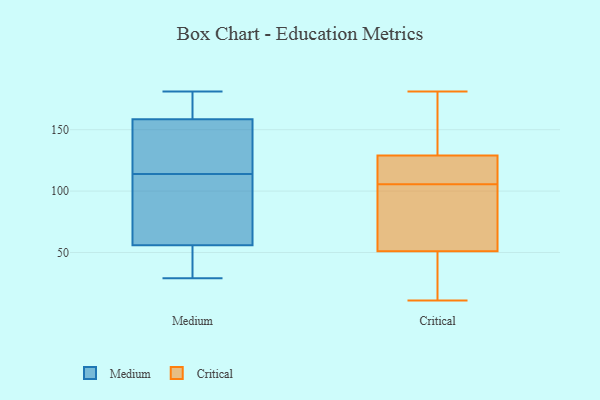
{"axis": {"x": "Revenue (USD Million)", "y": "Value"}, "legend": ["Critical", "Medium"], "data": [{"x": "", "y": 141, "type": "Medium"}, {"x": "", "y": 29, "type": "Medium"}, {"x": "", "y": 181, "type": "Medium"}, {"x": "", "y": 153, "type": "Medium"}, {"x": "", "y": 74, "type": "Medium"}, {"x": "", "y": 177, "type": "Medium"}, {"x": "", "y": 87, "type": "Medium"}, {"x": "", "y": 143, "type": "Medium"}, {"x": "", "y": 164, "type": "Medium"}, {"x": "", "y": 76, "type": "Medium"}, {"x": "", "y": 35, "type": "Medium"}, {"x": "", "y": 38, "type": "Medium"}, {"x": "", "y": 129, "type": "Critical"}, {"x": "", "y": 34, "type": "Critical"}, {"x": "", "y": 124, "type": "Critical"}, {"x": "", "y": 112, "type": "Critical"}, {"x": "", "y": 63, "type": "Critical"}, {"x": "", "y": 51, "type": "Critical"}, {"x": "", "y": 75, "type": "Critical"}, {"x": "", "y": 11, "type": "Critical"}, {"x": "", "y": 12, "type": "Critical"}, {"x": "", "y": 159, "type": "Critical"}, {"x": "", "y": 129, "type": "Critical"}, {"x": "", "y": 99, "type": "Critical"}, {"x": "", "y": 98, "type": "Critical"}, {"x": "", "y": 33, "type": "Critical"}, {"x": "", "y": 121, "type": "Critical"}, {"x": "", "y": 132, "type": "Critical"}, {"x": "", "y": 181, "type": "Critical"}, {"x": "", "y": 134, "type": "Critical"}]}